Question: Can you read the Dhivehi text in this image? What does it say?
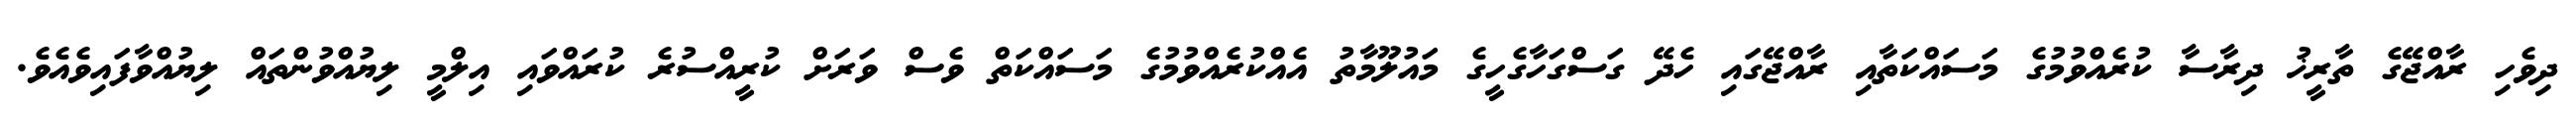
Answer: ދިވެހި ރާއްޖޭގެ ތާރީޚު ދިރާސާ ކުރެއްވުމުގެ މަސައްކަތާއި ރާއްޖޭގައި ހެދޭ ގަސްގަހާގެހީގެ މައުލޫމާތު އެއްކުރެއްވުމުގެ މަސައްކަތް ވެސް ވަރަށް ކުރީއްސުރެ ކުރައްވައި އިލްމީ ލިޔުއްވުންތައް ލިޔުއްވާފައިވެއެވެ.